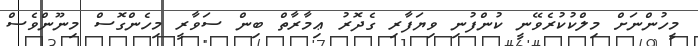
މީހުންނަށް މިލްކުކުރެވޭނީ ކުންފުނި ވިޔަފާރި ގެދޮރު ޢިމާރާތް ބިން ސަވާރީ މިހެންގޮސް މިނޫންވެސް